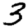
Digit: 3